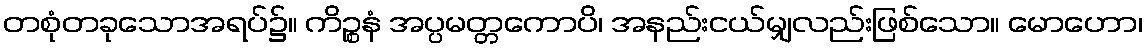
တစုံတခုသောအရပ်၌။ ကိဉ္စနံ အပ္ပမတ္တကောပိ၊ အနည်းငယ်မျှလည်းဖြစ်သော။ မောဟော၊